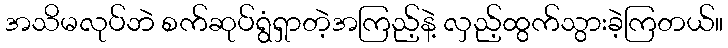
အသိမလုပ်ဘဲ စက်ဆုပ်ရွံရှာတဲ့အကြည့်နဲ့ လှည့်ထွက်သွားခဲ့ကြတယ်။